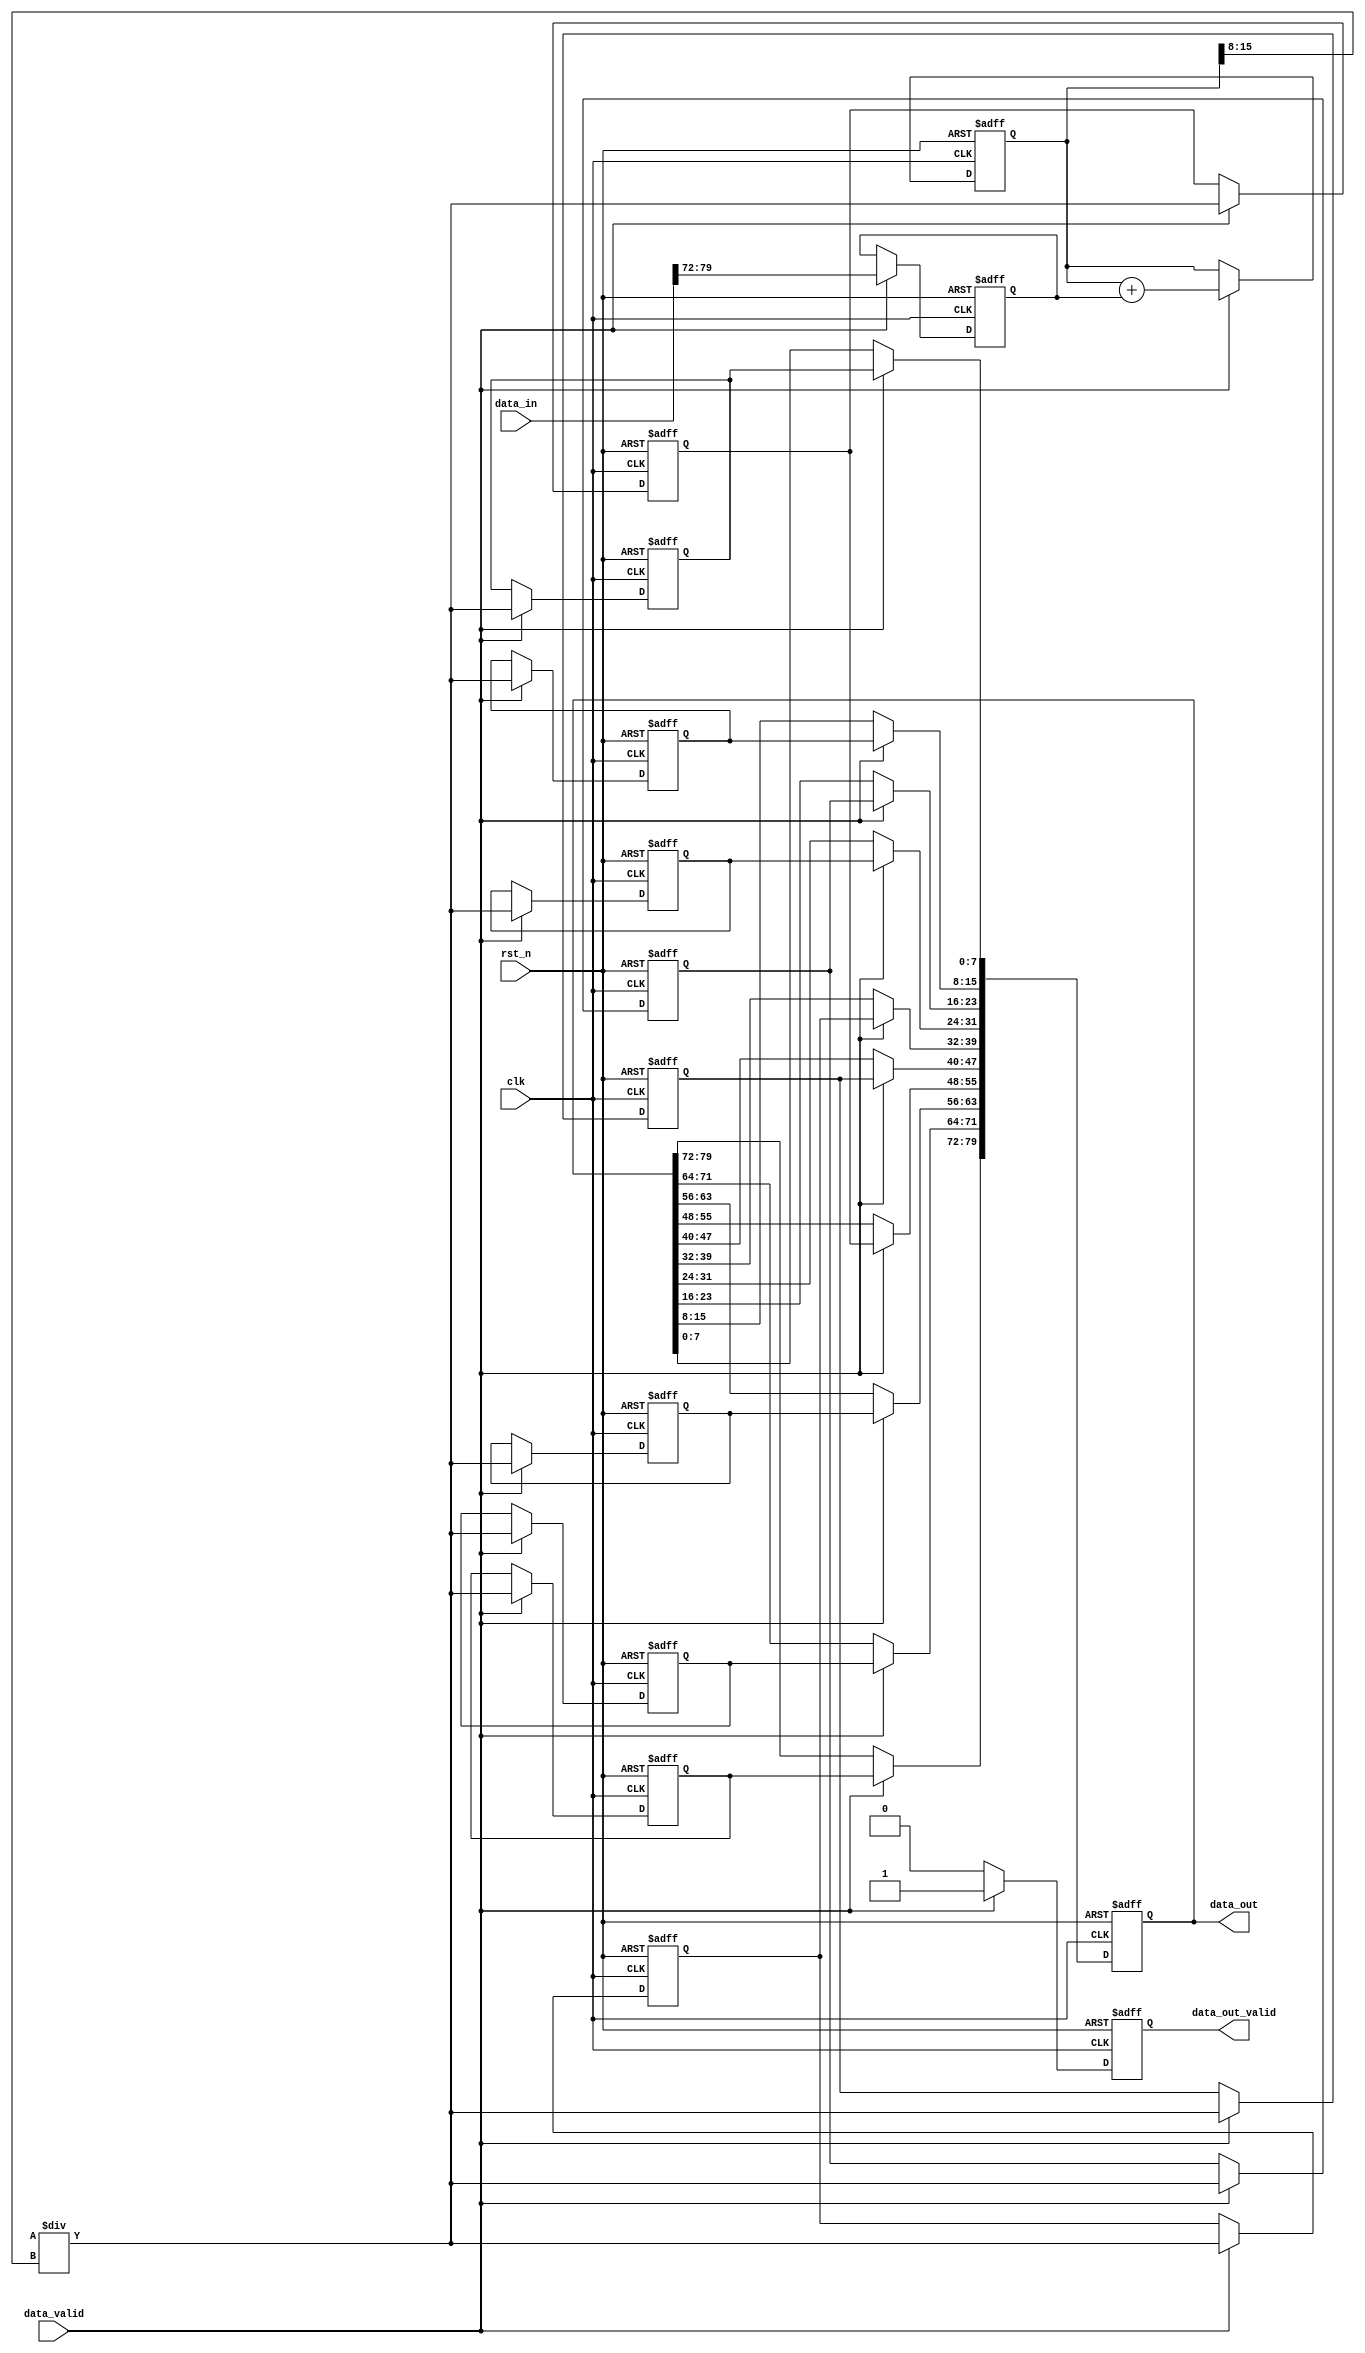
`ifndef SOFTMAX_V
`define SOFTMAX_V

module softmax #(
    parameter INPUT_SIZE = 10,
    parameter ACTIV_BITS = 8
) (
    input wire clk,
    input wire rst_n,
    input wire [INPUT_SIZE*ACTIV_BITS-1:0] data_in,
    input wire data_valid,
    output reg [INPUT_SIZE*ACTIV_BITS-1:0] data_out,
    output reg data_out_valid
);

    // Declare internal signals
    reg [ACTIV_BITS-1:0] exp_values [0:INPUT_SIZE-1];
    reg [2*ACTIV_BITS-1:0] sum_exp;
    reg [ACTIV_BITS-1:0] softmax_values [0:INPUT_SIZE-1];

    // Softmax activation function
    integer i;
    always @(posedge clk or negedge rst_n) begin
        if (!rst_n) begin
            // Reset internal signals and output
            for (i = 0; i < INPUT_SIZE; i = i + 1) begin
                exp_values[i] <= 0;
                softmax_values[i] <= 0;
            end
            sum_exp <= 0;
            data_out <= 0;
            data_out_valid <= 0;
        end else if (data_valid) begin
            // Compute exponential values
            for (i = 0; i < INPUT_SIZE; i = i + 1) begin
                exp_values[i] <= data_in[i*ACTIV_BITS +: ACTIV_BITS];
            end

            // Compute sum of exponential values
            sum_exp <= 0;
            for (i = 0; i < INPUT_SIZE; i = i + 1) begin
                sum_exp <= sum_exp + {{ACTIV_BITS{1'b0}}, exp_values[i]};
            end

            // Compute softmax values
            for (i = 0; i < INPUT_SIZE; i = i + 1) begin
                softmax_values[i] <= (exp_values[i] << ACTIV_BITS) / sum_exp[2*ACTIV_BITS-1:ACTIV_BITS];
            end

            // Assign output
            for (i = 0; i < INPUT_SIZE; i = i + 1) begin
                data_out[i*ACTIV_BITS +: ACTIV_BITS] <= softmax_values[i];
            end
            data_out_valid <= 1;
        end else begin
            data_out_valid <= 0;
        end
    end

endmodule
`endif